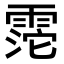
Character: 𩃱